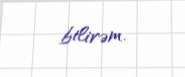
bilirəm.